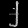
Digit: ၂